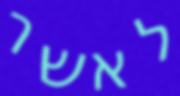
לאשר